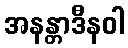
အနန္တာဒီနဝါ